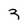
Character: 3